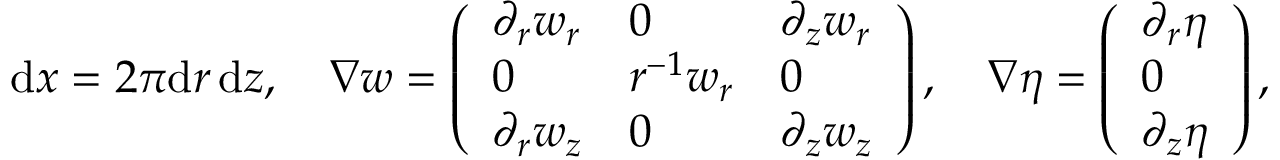
\begin{array} { r } { \, \mathrm { d } x = 2 \pi \mathrm { d } r \, \mathrm { d } z , \quad \nabla \boldsymbol { w } = \left( \begin{array} { l l l } { \partial _ { r } w _ { r } } & { 0 } & { \partial _ { z } w _ { r } } \\ { 0 } & { r ^ { - 1 } w _ { r } } & { 0 } \\ { \partial _ { r } w _ { z } } & { 0 } & { \partial _ { z } w _ { z } } \end{array} \right) , \quad \nabla \eta = \left( \begin{array} { l } { \partial _ { r } \eta } \\ { 0 } \\ { \partial _ { z } \eta } \end{array} \right) , } \end{array}